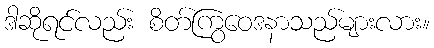
ဒါဆိုရင်လည်း စိတ်ကြွဝေဒနာသည်များလား။